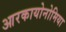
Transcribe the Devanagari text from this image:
आरकायोनोमिया